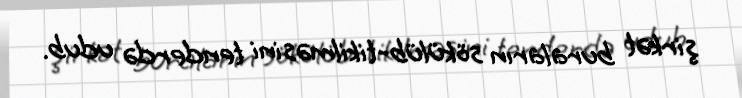
şirkət buraların sökülüb-tikilməsini tenderdə udub.